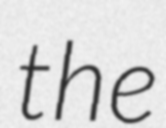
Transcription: the